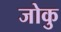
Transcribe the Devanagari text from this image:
जोकु